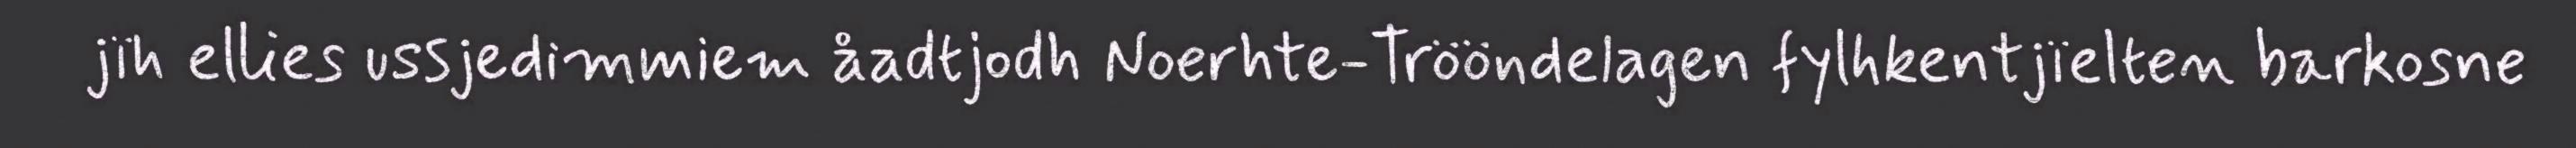
jïh ellies ussjedimmiem åadtjodh Noerhte-Trööndelagen fylhkentjïelten barkosne